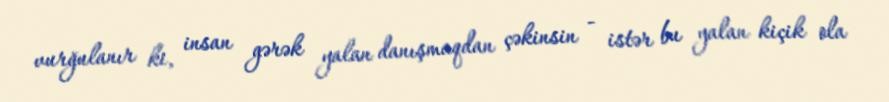
vurğulanır ki, insan gərək yalan danışmaqdan çəkinsin - istər bu yalan kiçik ola